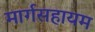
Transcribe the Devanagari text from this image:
मार्गसहायम